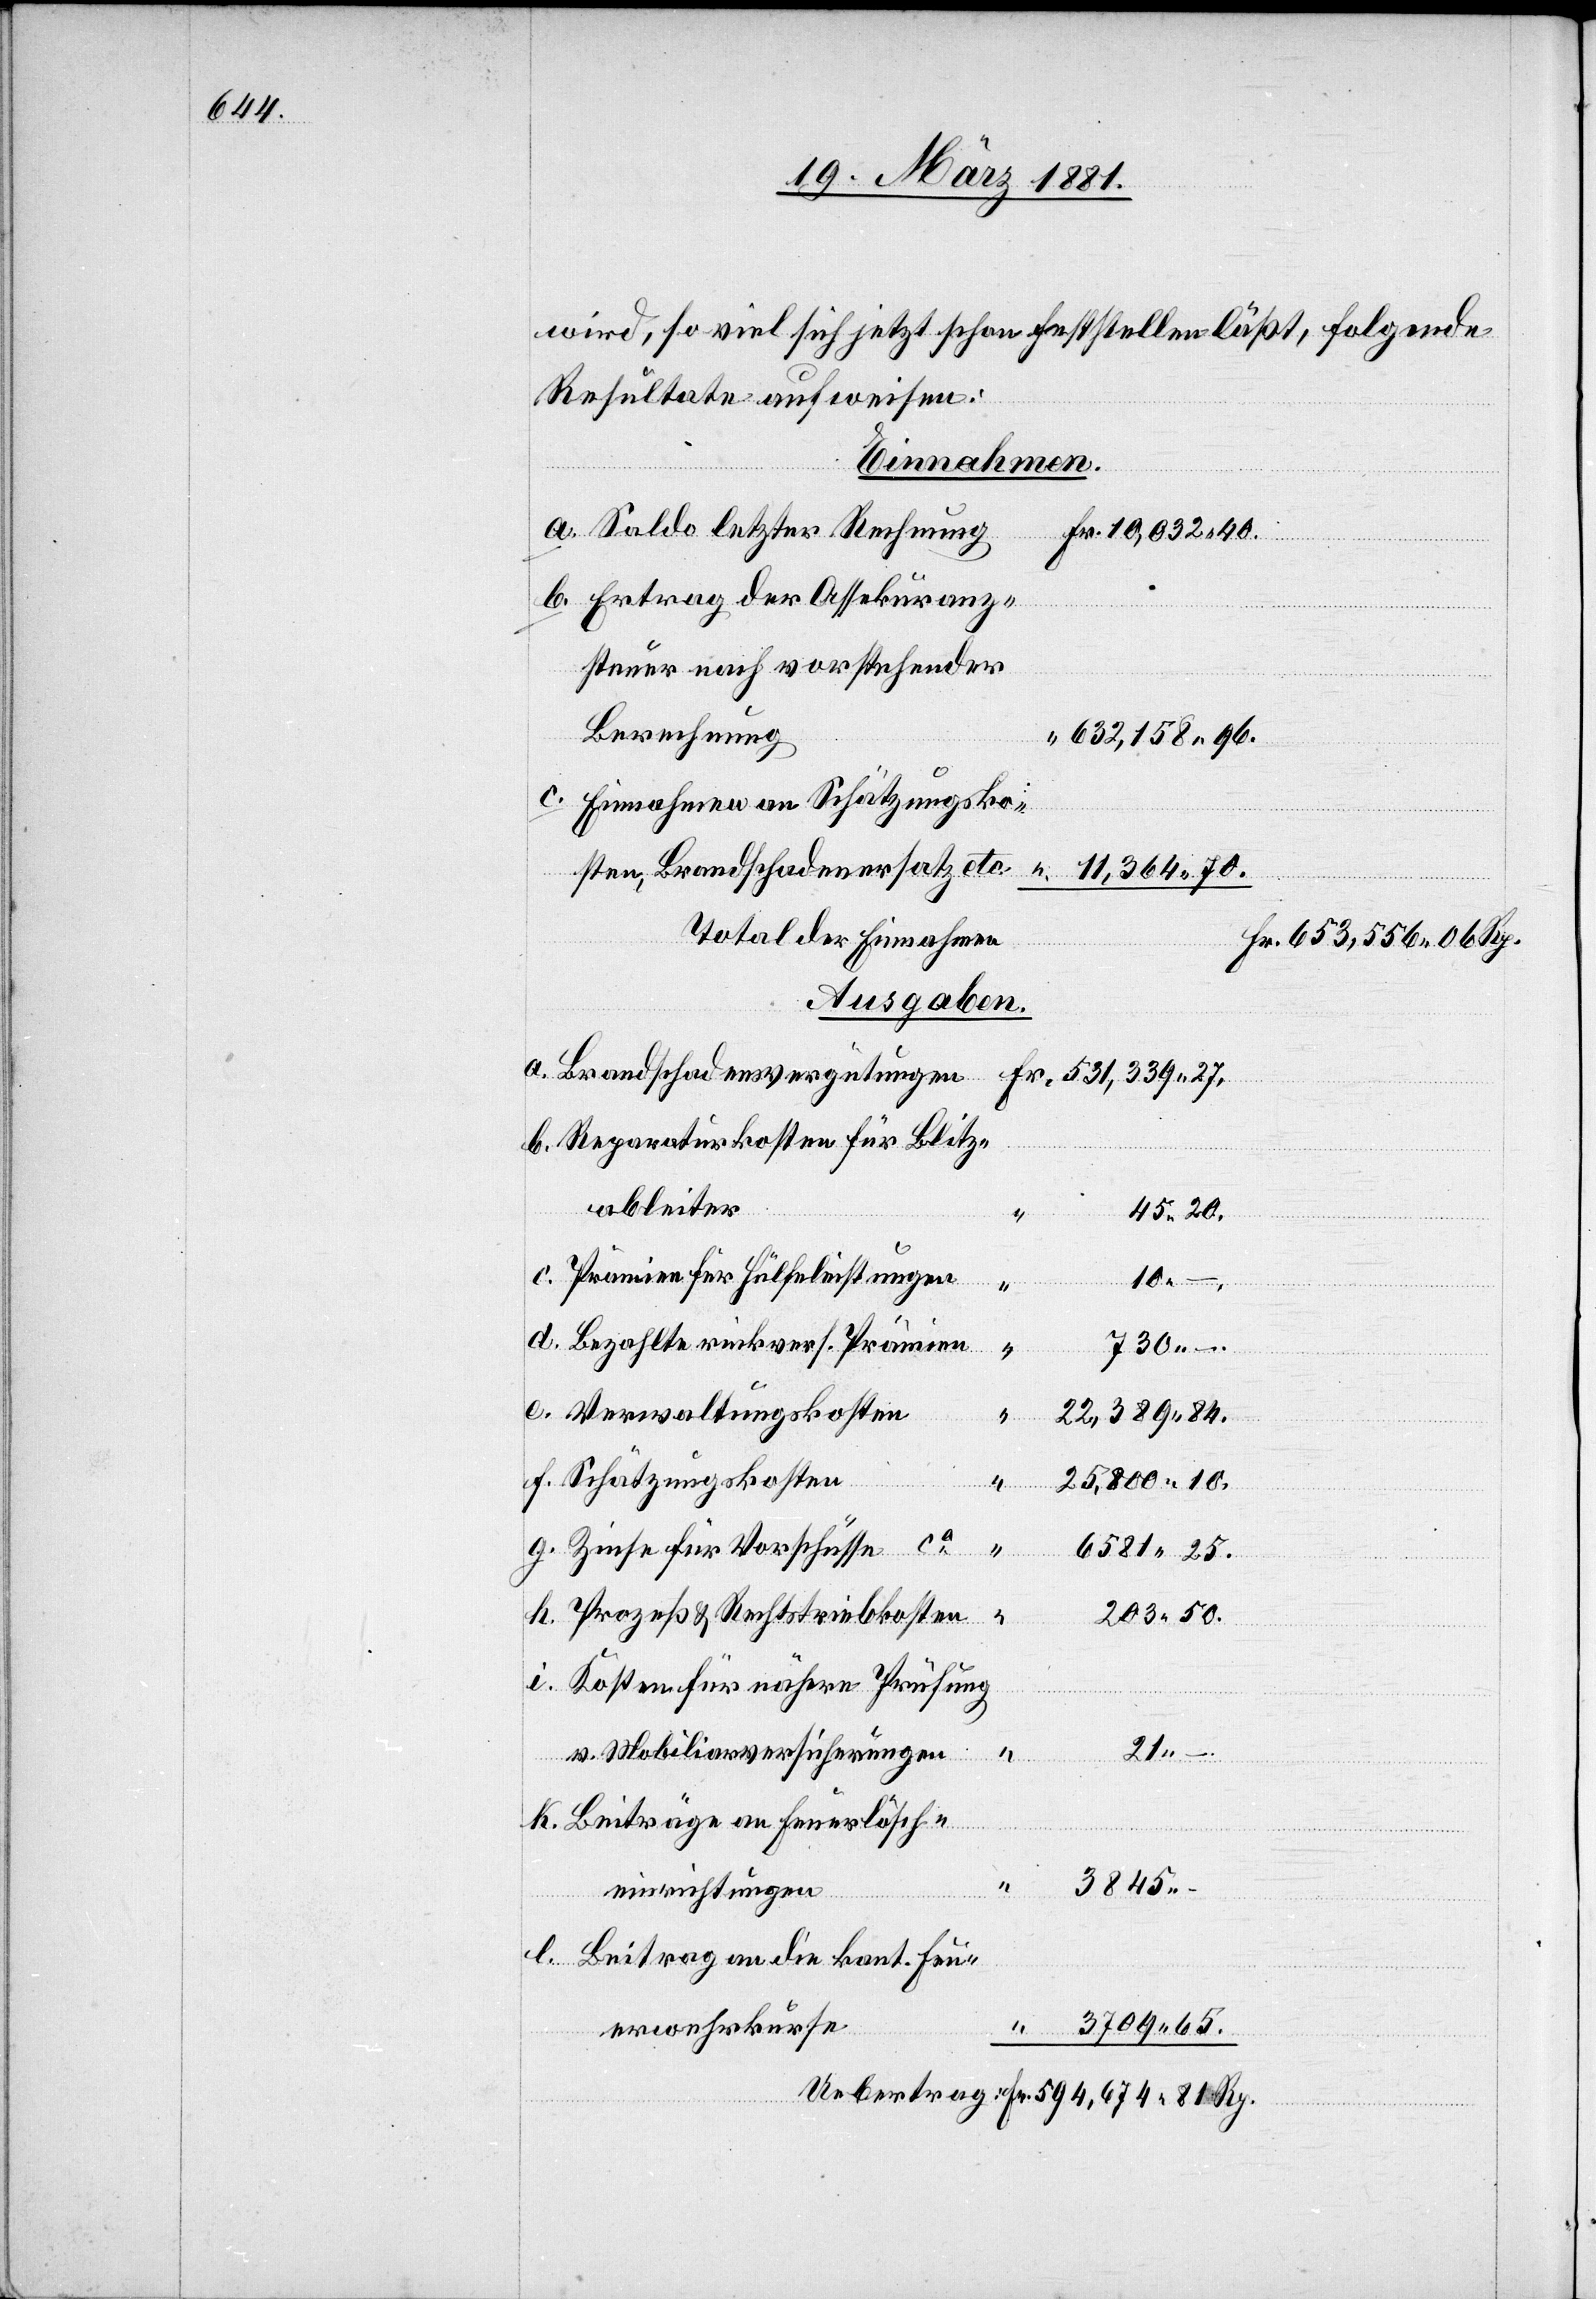
wird viel sich jetzt schon feststellen läßt, folgende
Resultate aufweisen:
Einnahmen.
Saldo letzter Rechnung
10,032 40.
Ertrag der Assekuranz¬
steuer nach vorstehender
Berechnung
632,158 96.
Einnahmen an Schätzungsko¬
27.
sten, Brandschadenersatz etc.
11,364 70.
Total der Einnahmen
653,556 06 Rp.
Ausgaben.
Brandschadenvergütungen
Reparaturkosten für Blitz¬
ableiter
45 20.
c.
Prämien für Hülfeleistungen
10 –.
d.
Bezahlte rückvers. Prämien.
730 –.
Verwaltungskosten
–.
22,389 84.
Schätzungskosten
25,800 10.
Zinse für Vorschüsse ca
6581 25.
Prozeß & Rechtstriebkosten
“
203 50.
Kosten für nähere Prüfung
“
v. Mobiliarversicherungen
21 –.
k.
Beiträge an Feuerlösch¬
38045
einrichtungen
Beitrag an die kant. Feu¬
3709 65.
erwehrkurse